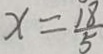
x = \frac { 1 8 } { 5 }